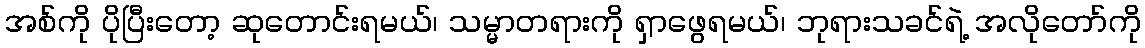
အစ်ကို ပိုပြီးတော့ ဆုတောင်းရမယ်၊ သမ္မာတရားကို ရှာဖွေရမယ်၊ ဘုရားသခင်ရဲ့ အလိုတော်ကို